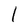
Character: l